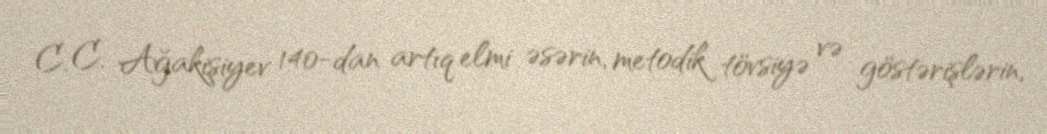
C. C. Ağakişiyev 140-dan artıq elmi əsərin, metodik tövsiyə və göstərişlərin,